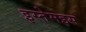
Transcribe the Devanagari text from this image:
इस्तेमइस